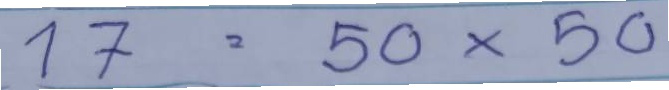
17 = 50 x 50